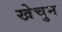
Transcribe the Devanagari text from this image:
खेचुन